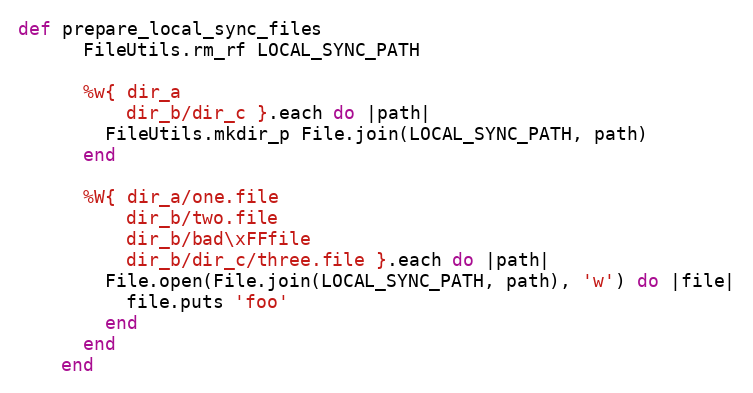
Language: Ruby
def prepare_local_sync_files
      FileUtils.rm_rf LOCAL_SYNC_PATH

      %w{ dir_a
          dir_b/dir_c }.each do |path|
        FileUtils.mkdir_p File.join(LOCAL_SYNC_PATH, path)
      end

      %W{ dir_a/one.file
          dir_b/two.file
          dir_b/bad\xFFfile
          dir_b/dir_c/three.file }.each do |path|
        File.open(File.join(LOCAL_SYNC_PATH, path), 'w') do |file|
          file.puts 'foo'
        end
      end
    end